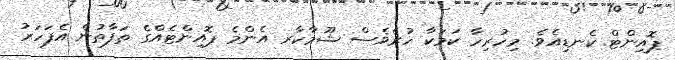
ޕޮއިންޓް ކެނޑިއެވެ. މިހުރިހާ ކަމަކާ ހުރެވެސް ޝޫމާކާރ އެންމެ ޕޮއިންޓެއްގެ ތަފާތުން އެފަހަރު